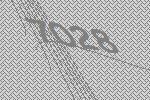
7028